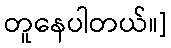
တူနေပါတယ်။]